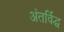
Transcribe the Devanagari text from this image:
अंतर्विद्ध